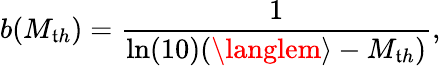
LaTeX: b(M_{\mathfrak{t}h})=\frac{{1}}{{\ln(10)(\langlem\rangle-M_{\mathfrak{t}h})}},